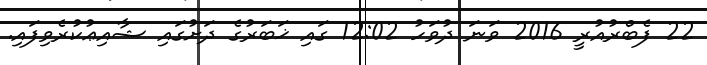
22 ފެބްރުއުރީ 2016 ވަނަ ދުވަހު 12:02 ގައި ޚަބަރުގެ ދަށުގައި ޝާއިޢުކުރެވިފައި.